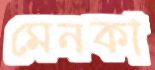
মেনকা